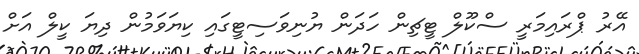
އޭރު ޕްރައިމަރީ ސްކޫލް ޓީޗިން ހަދަން ޔުނިވަސިޓީގައި ކިޔަވަމުން ދިޔަ ކީލް އަށް